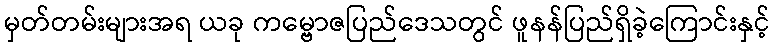
မှတ်တမ်းများအရ ယခု ကမ္ဗောဇပြည်ဒေသတွင် ဖူနန်ပြည်ရှိခဲ့ကြောင်းနှင့်